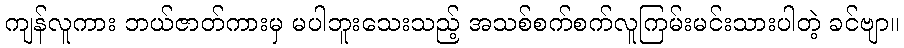
ကျန်လူကား ဘယ်ဇာတ်ကားမှ မပါဘူးသေးသည့် အသစ်စက်စက်လူကြမ်းမင်းသားပါတဲ့ ခင်ဗျာ။